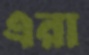
এরা